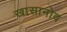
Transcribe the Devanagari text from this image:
खासानोव